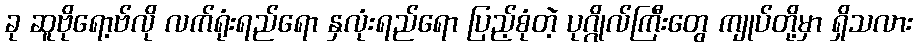
ခု ဆူဗိုရော့ဗ်လို လက်ရုံးရည်ရော နှလုံးရည်ရော ပြည့်စုံတဲ့ ပုဂ္ဂိုလ်ကြီးတွေ ကျုပ်တို့မှာ ရှိသလား